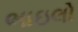
ભાઇલો